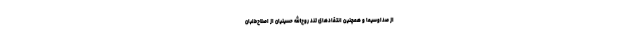
از صداوسیما و همچنین انتقادهای تند روح‌الله حسینیان از اصلاح‌طلبان